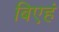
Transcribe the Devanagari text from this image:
बिएहं